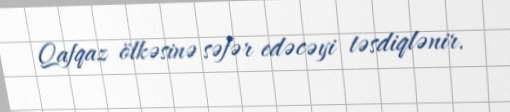
Qafqaz ölkəsinə səfər edəcəyi təsdiqlənir.